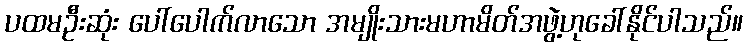
ပထမဦးဆုံး ပေါ်ပေါက်လာသော အမျိုးသားမဟာမိတ်အဖွဲ့ဟုခေါ်နိုင်ပါသည်။